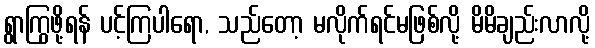
ရွာကြွဖို့ရန် ပင့်ကြပါရော, သည်တော့ မလိုက်ရင်မဖြစ်လို့ မိမိချည်းလာလို့